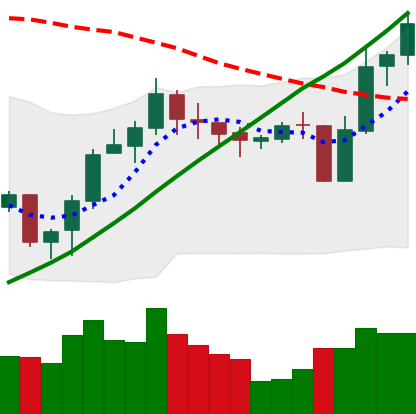
Ticker: LINK-USD
Chart end date: 2020-10-24
Forward return: -11.518%
Label: down_7plus